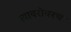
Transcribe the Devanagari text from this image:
त्‍याबरोबरच